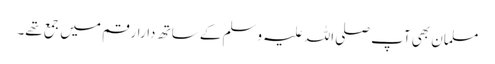
مسلمان بھی آپ صلی اللہ علیہ وسلم کے ساتھ دارارقم میں جمع تھے۔